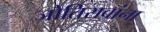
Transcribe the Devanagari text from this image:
जोतिरावांना